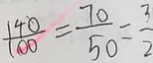
\frac { 1 4 0 } { 1 0 0 } = \frac { 7 0 } { 5 0 } = \frac { 3 } { 2 }